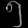
Digit: ၅